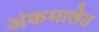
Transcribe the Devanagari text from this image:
अंकमालेत